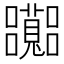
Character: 𡅽